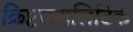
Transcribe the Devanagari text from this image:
क्रिप्टएनालिटिक